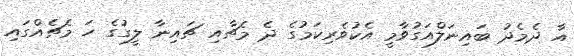
އާ ދެމެދު ބައިނަލްއަގުވާމީ އެކުވެރިކަމުގެ ދެ މެޗާއި ޗައިނާ ލީގުގެ ހަ މެޗެއްގައި